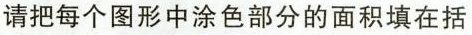
请把每个图形中涂色部分的面积填在括